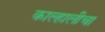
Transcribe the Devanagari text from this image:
काल्हालीचा